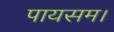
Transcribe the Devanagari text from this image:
पायसम।